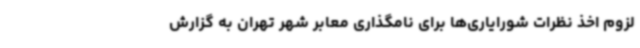
لزوم اخذ نظرات شورایاری‌ها برای نامگذاری معابر شهر تهران به گزارش